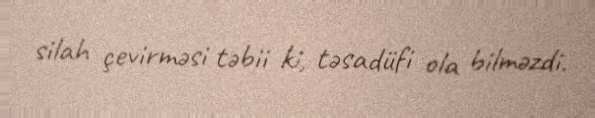
silah çevirməsi təbii ki, təsadüfi ola bilməzdi.